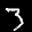
Label: 3